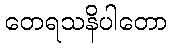
တေရသနိပါတော